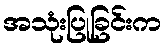
အသုံးပြုခြင်းက